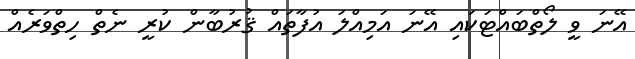
އޭނަ ވީ ލޯތްބައްޓަކައި އޭނަ އަމިއްލަ އުފާތައް ޤުރުބާން ކުރީ ނެތް ހިތްވަރެއް